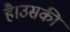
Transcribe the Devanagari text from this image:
है।उसकी